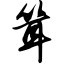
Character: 耸